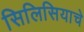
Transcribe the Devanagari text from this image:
सिलिसियाचे